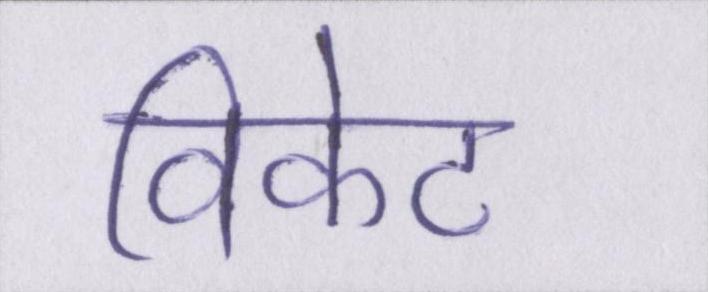
विकेट